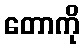
တောကို